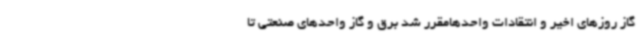
گاز روزهای اخیر و انتقادات واحدهامقرر شد برق و گاز واحدهای صنعتی تا